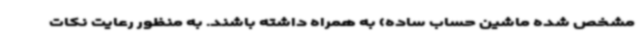
مشخص شده ماشین حساب ساده) به همراه داشته باشند. به منظور رعایت نکات